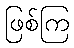
ဖြစ်ကြ